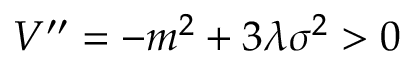
V ^ { \prime \prime } = - m ^ { 2 } + 3 \lambda \sigma ^ { 2 } > 0